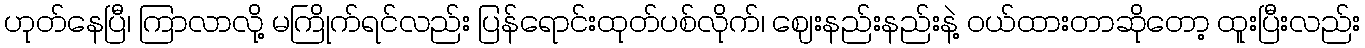
ဟုတ်နေပြီ၊ ကြာလာလို့ မကြိုက်ရင်လည်း ပြန်ရောင်းထုတ်ပစ်လိုက်၊ ဈေးနည်းနည်းနဲ့ ဝယ်ထားတာဆိုတော့ ထူးပြီးလည်း